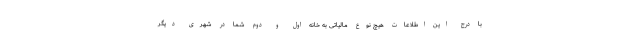
با درج این اطلاعات هیچ نوع مالیاتی به خانه اول و دوم شما در شهری دیگر